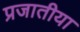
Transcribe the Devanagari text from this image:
प्रजातीया